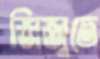
জিজুতে